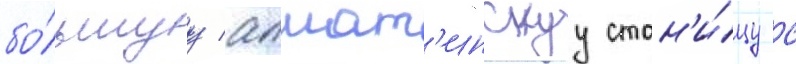
бо́льшуу алмат'инскуу стан'и́цу с